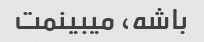
باشه، میبینمت